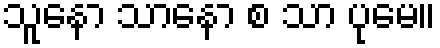
သူနော သာနော စ သာ ပုမေ။